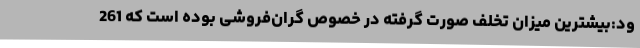
ود:بیشترین میزان تخلف صورت گرفته در خصوص گران‌فروشی بوده است که 261